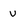
Character: v